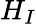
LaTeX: H_{I}